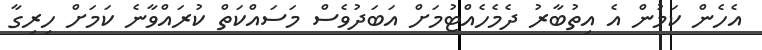
އެހެން ކަމުން އެ އިތުބާރު ދެމެހެއްޓުމަށް އަބަދުވެސް މަސައްކަތް ކުރައްވާނެ ކަމަށް ހިރިގާ